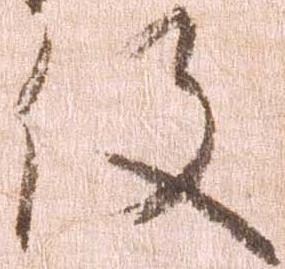
役